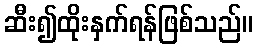
ဆီး၍ထိုးနှက်ရန်ဖြစ်သည်။